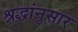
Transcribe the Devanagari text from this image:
श्रद्धांनुसार